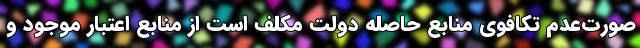
صورت‌عدم تکافوی منابع حاصله دولت مکلف است از منابع اعتبار موجود و